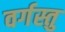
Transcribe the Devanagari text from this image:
वर्गस्तु